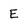
Character: E